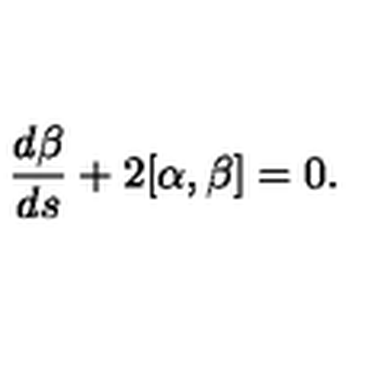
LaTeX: \frac { d \beta } { d s } + 2 [ \alpha , \beta ] = 0 .